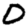
Digit: 0